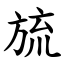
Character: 旈